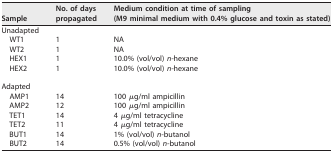
| Sample | No. of days propagated | Medium condition at time of sampling(M9 minimal medium with 0.4% glucose and toxin as stated) |
 | --- | --- | --- |
 | Unadapted |  |  |
 | WT1 | 1 | NA |
 | WT2 | 1 | NA |
 | HEX1 | 1 | 10.0% (vol/vol) n-hexane |
 | HEX2 | 1 | 10.0% (vol/vol) n-hexane |
 | Adapted |  |  |
 | AMP1 | 14 | 100 μg/ml ampicillin |
 | AMP2 | 12 | 100 μg/ml ampicillin |
 | TET1 | 14 | 4 μg/ml tetracycline |
 | TET2 | 11 | 4 μg/ml tetracycline |
 | BUT1 | 14 | 1% (vol/vol) n-butanol |
 | BUT2 | 14 | 0.5% (vol/vol) n-butanol |